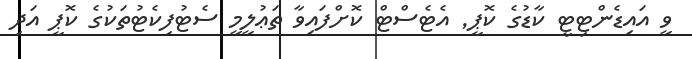
ވީ އައިޑެންޓިޓީ ކާޑުގެ ކޮޕީ